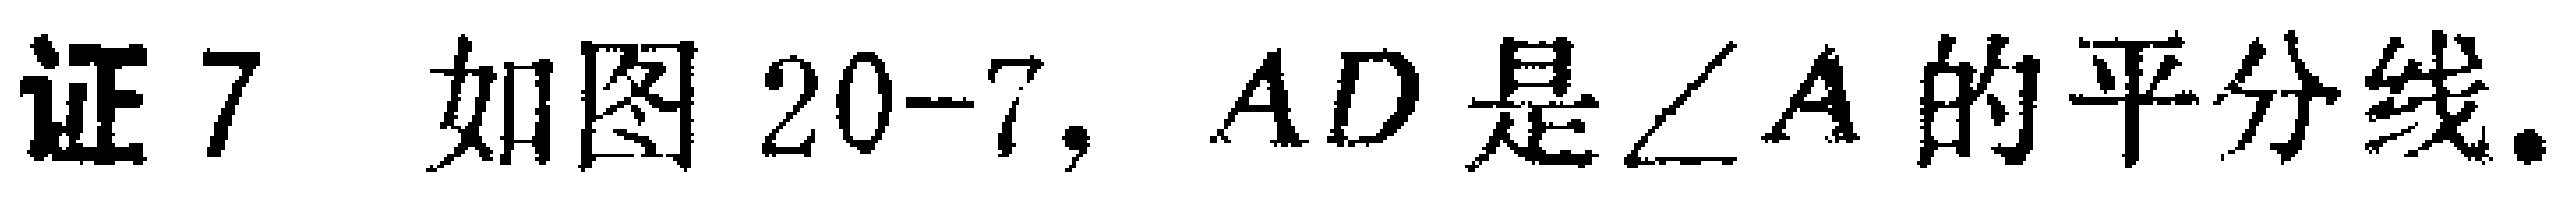
证7 如图20-7, \(AD\)是\(\angle A\)的平分线.